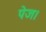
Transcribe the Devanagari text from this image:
पेज।